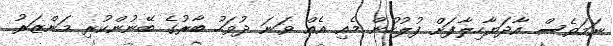
ނަމަވެސް އާދަޔާހިލާފަށް ފުލުހުން މެއި އެއް ވަނަ ދުވަހު ބާރުގެ ބޭނުންކުރި މަންޒަރު